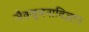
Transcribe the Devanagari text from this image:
जैवसूचनाविज्ञान